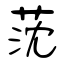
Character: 莐